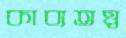
কাব্যতত্ত্ব